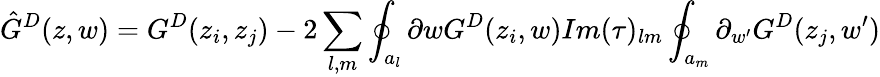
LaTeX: \hat{G}^{D}(z,w)=G^{D}(z_{i},z_{j})-2\sum_{l,m}\oint_{a_{l}}\partial{w}G^{D}(z_{i},w)Im(\tau)_{lm}\oint_{a_{m}}\partial_{w^{\prime}}G^{D}(z_{j},w^{\prime})